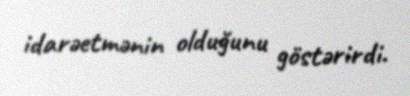
idarəetmənin olduğunu göstərirdi.